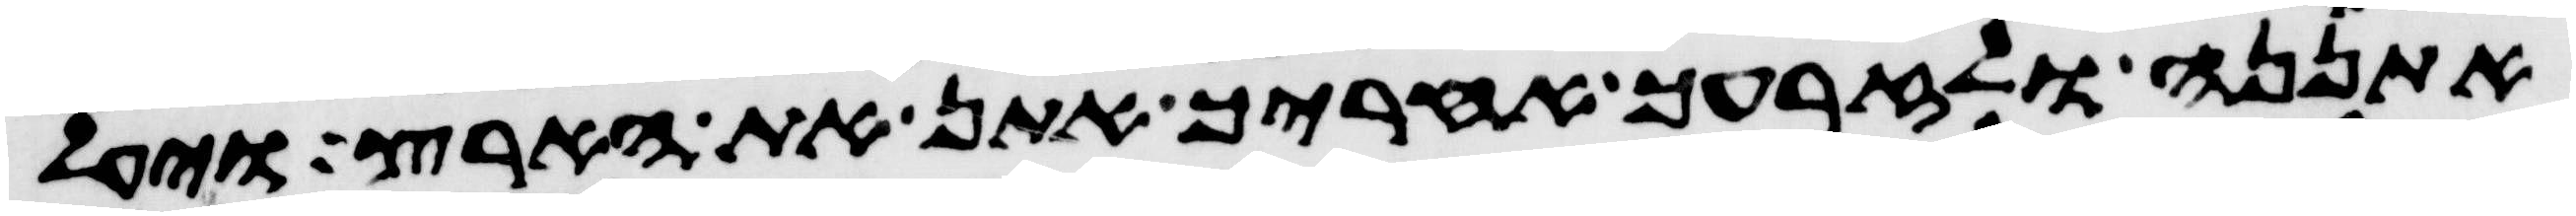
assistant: אתננה ולזרעך אחריך אתן את הארץ ויעל